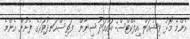
އެންމެ މޮޅު ވިޝުއަލް އިފެކްޓްސް: އަހުމަދު ޝިނާން  ފަތިސްހަނދުވަރުގެ ފެށުން އެންމެ